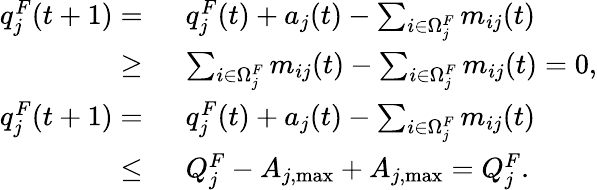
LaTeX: \begin{array}{rl}{q_{j}^{F}(t+1)=~}&{q_{j}^{F}(t)+a_{j}(t)-\sum_{i\in\Omega_{j}^{F}}m_{ij}(t)}\\ {\ge~}&{\sum_{i\in\Omega_{j}^{F}}m_{ij}(t)-\sum_{i\in\Omega_{j}^{F}}m_{ij}(t)=0,}\\ {q_{j}^{F}(t+1)=~}&{q_{j}^{F}(t)+a_{j}(t)-\sum_{i\in\Omega_{j}^{F}}m_{ij}(t)}\\ {\le~}&{Q_{j}^{F}-A_{j,\operatorname*{max}}+A_{j,\operatorname*{max}}=Q_{j}^{F}.}\end{array}